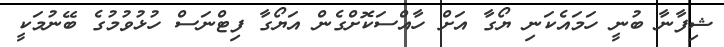
ޝިފާނާ ބުނީ ހަމައެކަނި ޔޯގާ އަށް ހާއްސަކޮށްގެން އަޔޯގާ ފިޓްނަސް ހުޅުވުމުގެ ބޭނުމަކީ